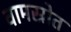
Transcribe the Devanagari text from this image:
वामस्रोत